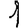
Digit: 1